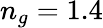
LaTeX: n_{g}=1.4